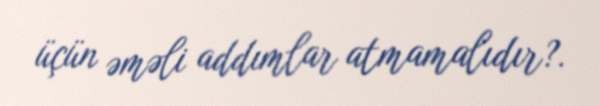
üçün əməli addımlar atmamalıdır?.